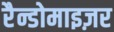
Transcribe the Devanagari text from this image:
रैन्डोमाइज़र